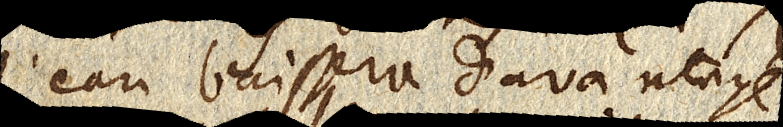
l’eau baissera davantage